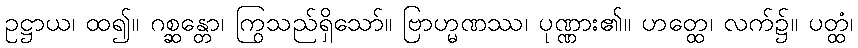
ဥဋ္ဌာယ၊ ထ၍။ ဂစ္ဆန္တော၊ ကြွသည်ရှိသော်။ ဗြာဟ္မဏဿ၊ ပုဏ္ဏား၏။ ဟတ္ထေ၊ လက်၌။ ပတ္ထံ၊